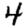
Digit: 4